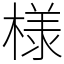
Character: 様